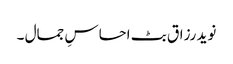
نوید رزاق بٹ احساسِ جمال ۔